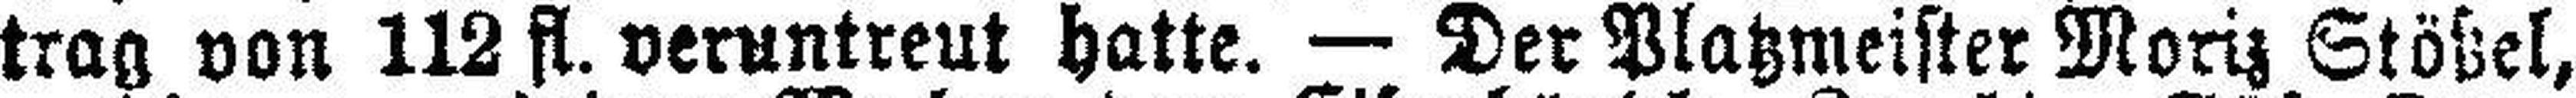
trag von 112 fl. veruntreut hatte. — Der Platzmeister Moriz Stößel,